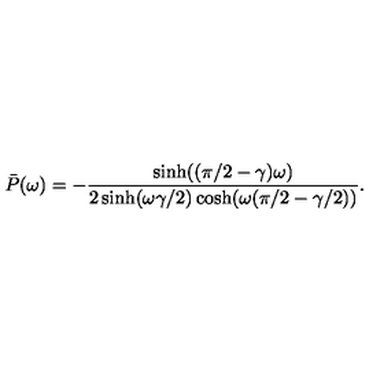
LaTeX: \bar { P } ( \omega ) = - \frac { \sinh ( ( \pi / 2 - \gamma ) \omega ) } { 2 \sinh ( \omega \gamma / 2 ) \cosh ( \omega ( \pi / 2 - \gamma / 2 ) ) } .